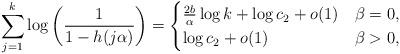
LaTeX: \begin{align*} \sum_{j=1}^k \log \left( \frac{1}{1-h(j \alpha)} \right) = \begin{cases}\frac{2b}{\alpha} \log k + \log c_2 + o(1) & \beta = 0, \\\log c_2 + o(1) & \beta >0, \end{cases} \end{align*}